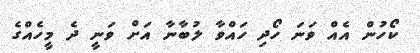
ކޯހުން އެއް ވަނަ ހޯދި ހައްވާ ލުބާނާ އަށް ވަނީ ދެ މީހެއްގެ